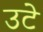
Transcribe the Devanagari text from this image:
उटे